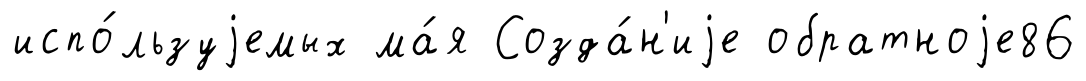
испо́льзуjемых ма́я Созда́н'иjе обратноjе86